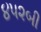
૪૫૨બી